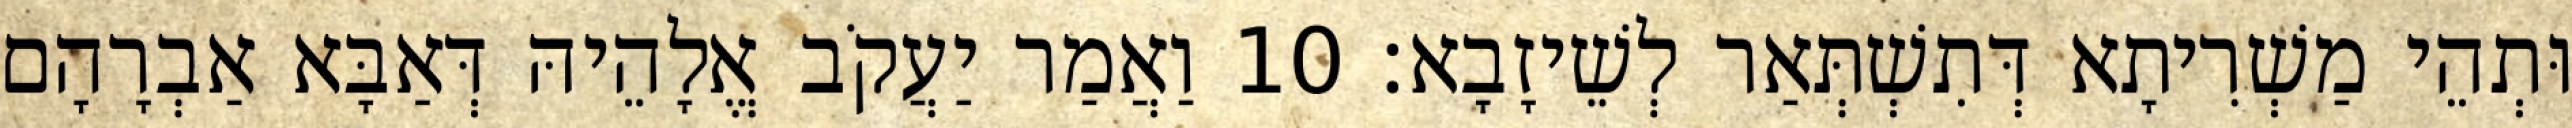
וּתְהֵי מַשְׁרִיתָא דְּתִשְׁתְּאַר לְשֵׁיזָבָא׃ 10 וַאֲמַר יַעֲקֹב אֱלָהֵיהּ דְּאַבָּא אַבְרָהָם